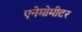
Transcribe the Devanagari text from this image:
एनेमोमीटर